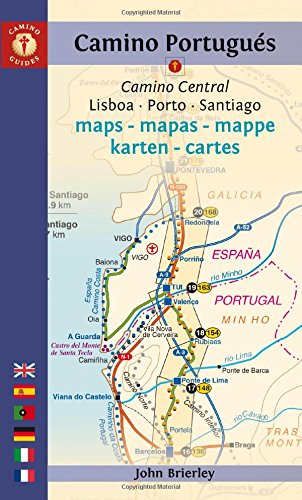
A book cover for Camino PortuguÃ©s Maps - Mapas- Karten: Lisboa - Porto - Santiago (Camino Guides); Travel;